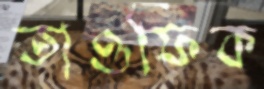
তাওফিক